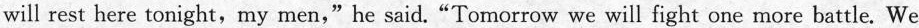
will rest here tonight, my men,"he said."Tomorrow we will fight one more battle.We